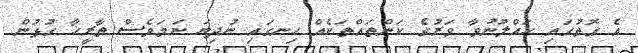
އެ ގޮތުގައި ހައްލުނުވާ ވަރުގެ ކަންތައްތަކެއް ހިނގައި ނުދިޔަ ނަމަވެސް ތާރީޚާ ގުޅުން